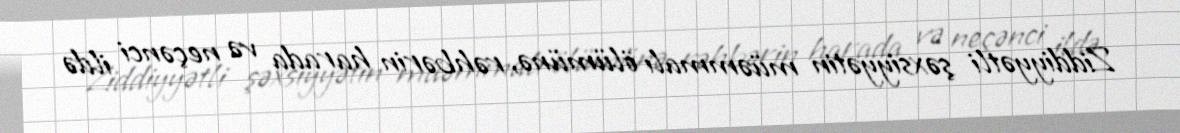
Ziddiyyətli şəxsiyyətin müəmmalı ölümünə, rəhbərin harada və neçənci ildə